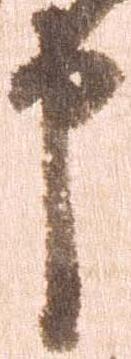
申